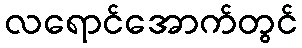
လရောင်အောက်တွင်